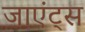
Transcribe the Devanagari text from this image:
जाएंट्स